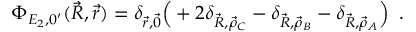
\Phi _ { E _ { 2 } , 0 ^ { \prime } } ( \vec { R } , \vec { r } ) = \delta _ { \vec { r } , \vec { 0 } } \Big ( + 2 \delta _ { \vec { R } , \vec { \rho } _ { C } } - \delta _ { \vec { R } , \vec { \rho } _ { B } } - \delta _ { \vec { R } , \vec { \rho } _ { A } } \Big ) \, \mathrm { ~ . ~ }